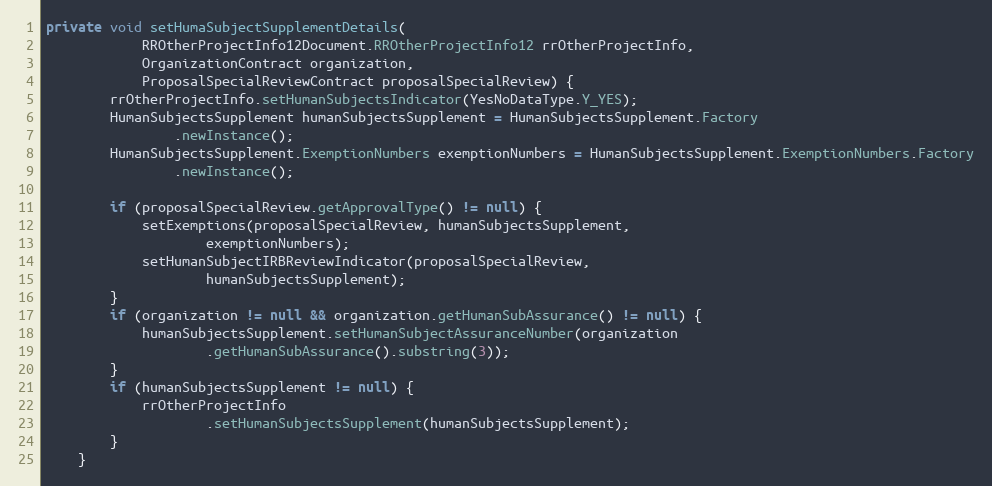
Language: Java
private void setHumaSubjectSupplementDetails(
			RROtherProjectInfo12Document.RROtherProjectInfo12 rrOtherProjectInfo,
			OrganizationContract organization,
			ProposalSpecialReviewContract proposalSpecialReview) {
		rrOtherProjectInfo.setHumanSubjectsIndicator(YesNoDataType.Y_YES);
		HumanSubjectsSupplement humanSubjectsSupplement = HumanSubjectsSupplement.Factory
				.newInstance();
		HumanSubjectsSupplement.ExemptionNumbers exemptionNumbers = HumanSubjectsSupplement.ExemptionNumbers.Factory
				.newInstance();

		if (proposalSpecialReview.getApprovalType() != null) {
			setExemptions(proposalSpecialReview, humanSubjectsSupplement,
					exemptionNumbers);
			setHumanSubjectIRBReviewIndicator(proposalSpecialReview,
					humanSubjectsSupplement);
		}
		if (organization != null && organization.getHumanSubAssurance() != null) {
			humanSubjectsSupplement.setHumanSubjectAssuranceNumber(organization
					.getHumanSubAssurance().substring(3));
		}
		if (humanSubjectsSupplement != null) {
			rrOtherProjectInfo
					.setHumanSubjectsSupplement(humanSubjectsSupplement);
		}
	}